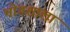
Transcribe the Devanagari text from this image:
भोगशाला